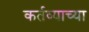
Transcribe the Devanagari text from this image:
कर्तव्याच्या